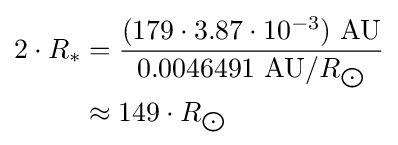
{\begin{aligned}2\cdot R_{*}&={\frac {(179\cdot 3.87\cdot 10^{-3})\ {\text{AU}}}{0.0046491\ {\text{AU}}/R_{\bigodot }}}\\&\approx 149\cdot R_{\bigodot }\end{aligned}}